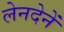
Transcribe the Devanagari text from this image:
लेनदेनें